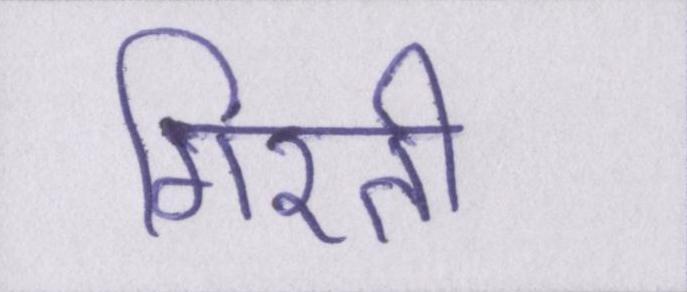
गिरती